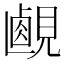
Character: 𧡹